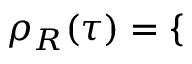
\rho _ { R } ( \tau ) = \left\{ \begin{array} { r l r l } \end{array} \right.